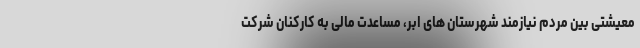
معیشتی بین مردم نیازمند شهرستان های ابر، مساعدت مالی به کارکنان شرکت